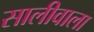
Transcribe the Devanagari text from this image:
सालीवाला